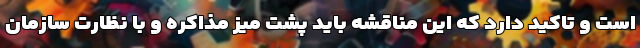
است و تاکید دارد که این مناقشه باید پشت میز مذاکره و با نظارت سازمان